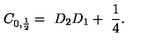
C _ { 0 , \frac { 1 } { 2 } } = \ D _ { 2 } D _ { 1 } + \ \frac { 1 } { 4 } .